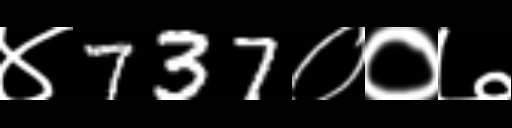
Text: ४737००७